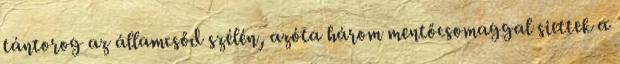
tántorog az államcsőd szélén, azóta három mentőcsomaggal siettek a